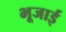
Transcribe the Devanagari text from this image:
भूजाई